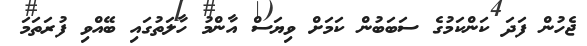
ޖެހުން ފަދަ ކަންކަމުގެ ސަބަބުން ކަމަށް ވިޔަސް އާންމު ހާލަތުގައި ބޭއްވި ފުރަތަމަ